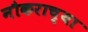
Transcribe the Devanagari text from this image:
नौकराच्या